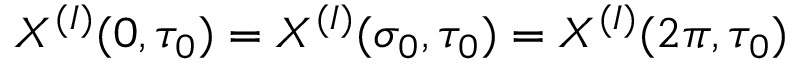
X ^ { ( I ) } ( 0 , \tau _ { 0 } ) = X ^ { ( I ) } ( \sigma _ { 0 } , \tau _ { 0 } ) = X ^ { ( I ) } ( 2 \pi , \tau _ { 0 } )